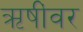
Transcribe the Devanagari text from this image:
ऋषींवर